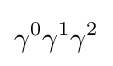
\gamma ^{0}\gamma ^{1}\gamma ^{2}